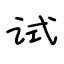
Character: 试